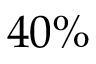
4 0 \%